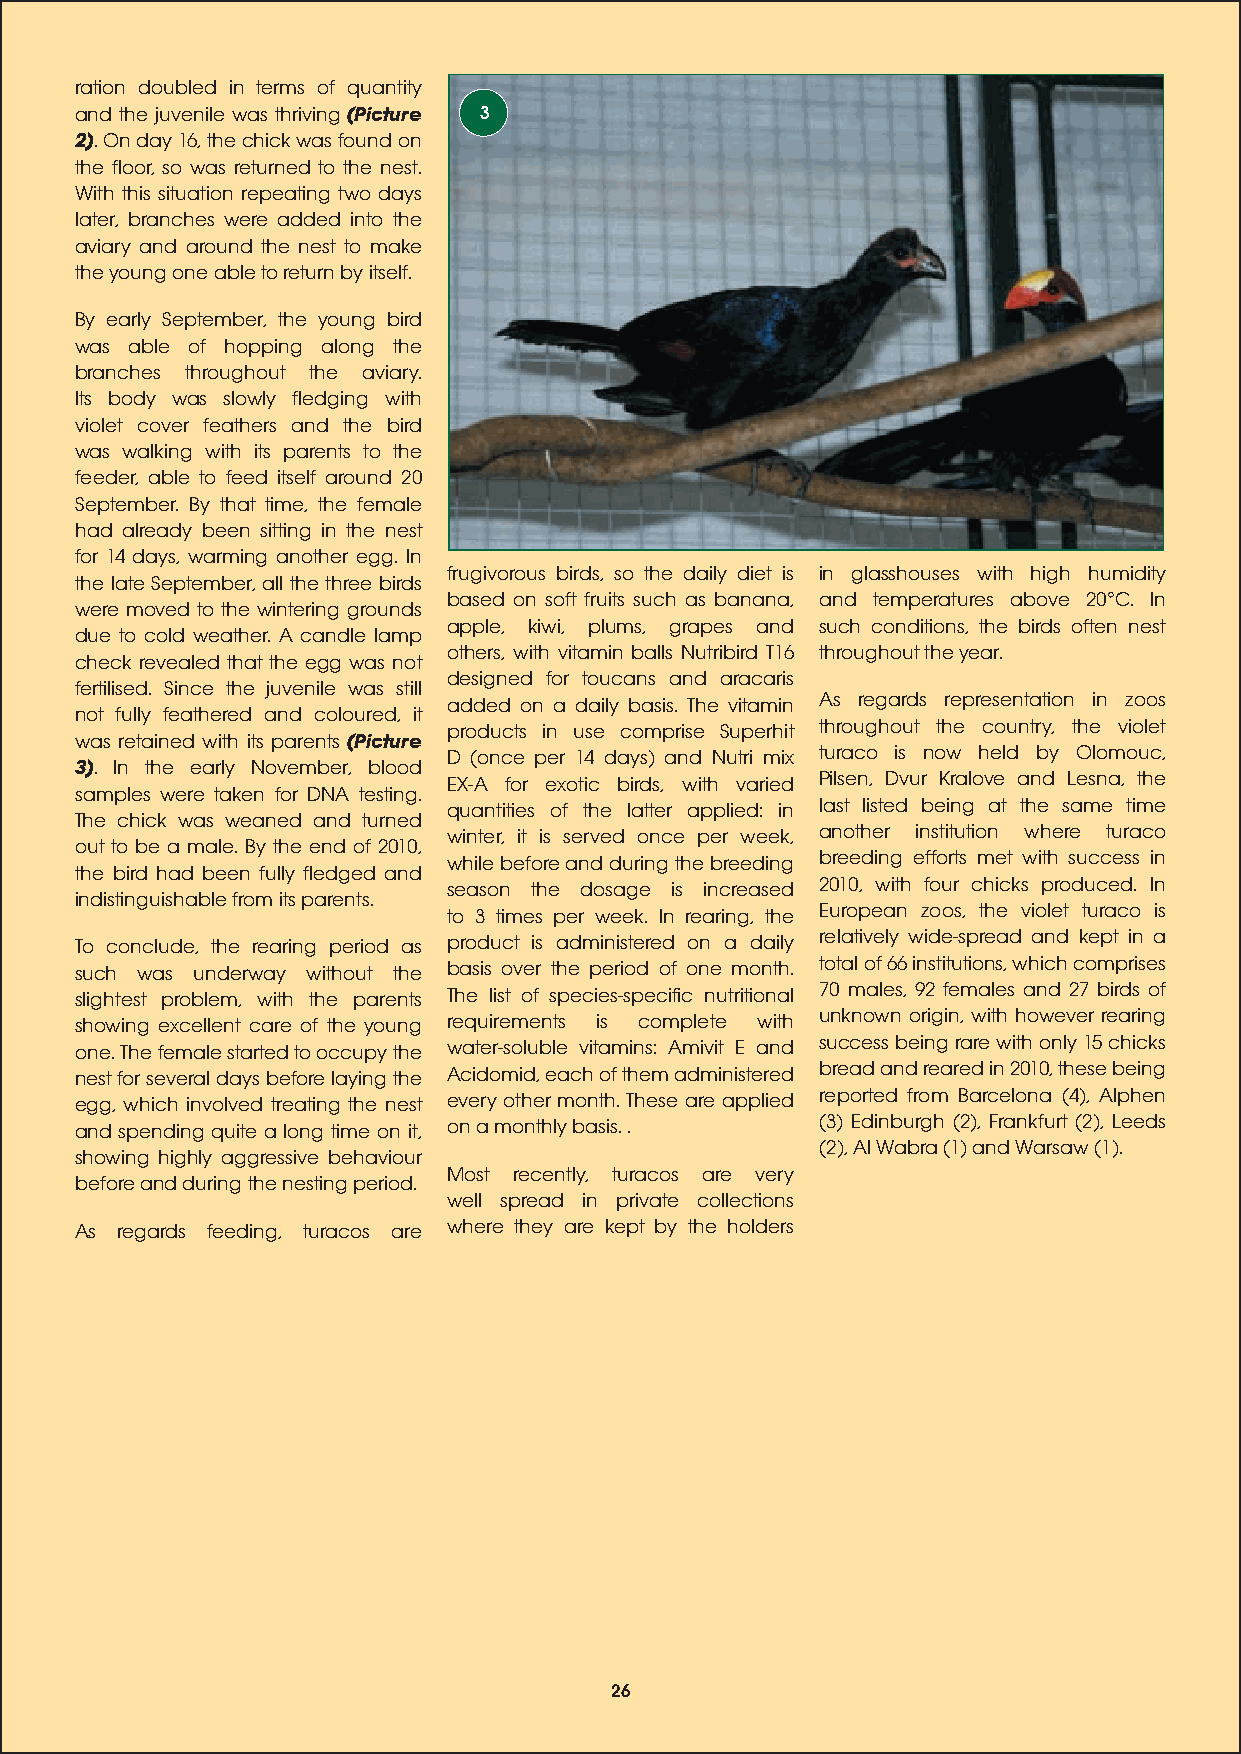
ration doubled in terms of quantity
 and the juvenile was thriving (Picture 3
 2). On day 16, the chick was found on
 the floor, so was returned to the nest.
 With this situation repeating two days
 later, branches were added into the
 aviary and around the nest to make
 the young one able to return by itself.
 By early September, the young bird
 was able of hopping along the
 branches throughout the aviary.
 Its body was slowly fledging with
 violet cover feathers and the bird
 was walking with its parents to the
 feeder, able to feed itself around 20
 September. By that time, the female
 had already been sitting in the nest
 for 14 days, warming another egg. In
 frugivorous birds, so the daily diet is in glasshouses with high humidity
 the late September, all the three birds
 based on soft fruits such as banana, and temperatures above 20°C. In
 were moved to the wintering grounds
 apple, kiwi, plums, grapes and such conditions, the birds often nest
 due to cold weather. A candle lamp
 others, with vitamin balls Nutribird T16 throughout the year.
 check revealed that the egg was not
 designed for toucans and aracaris
 fertilised. Since the juvenile was still
 added on a daily basis. The vitamin As regards representation in zoos
 not fully feathered and coloured, it
 products in use comprise Superhit throughout the country, the violet
 was retained with its parents (Picture
 D (once per 14 days) and Nutri mix turaco is now held by Olomouc,
 3). In the early November, blood
 EX-A for exotic birds, with varied Pilsen, Dvur Kralove and Lesna, the
 samples were taken for DNA testing.
 quantities of the latter applied: in last listed being at the same time
 The chick was weaned and turned
 winter, it is served once per week, another institution where turaco
 out to be a male. By the end of 2010,
 while before and during the breeding breeding efforts met with success in
 the bird had been fully fledged and
 season the dosage is increased 2010, with four chicks produced. In
 indistinguishable from its parents.
 to 3 times per week. In rearing, the European zoos, the violet turaco is
 To conclude, the rearing period as product is administered on a daily relatively wide-spread and kept in a
 such was underway without the basis over the period of one month. total of 66 institutions, which comprises
 slightest problem, with the parents The list of species-specific nutritional 70 males, 92 females and 27 birds of
 showing excellent care of the young requirements is complete with unknown origin, with however rearing
 one. The female started to occupy the water-soluble vitamins: Amivit E and success being rare with only 15 chicks
 nest for several days before laying the Acidomid, each of them administered bread and reared in 2010, these being
 egg, which involved treating the nest every other month. These are applied reported from Barcelona (4), Alphen
 and spending quite a long time on it, on a monthly basis. . (3) Edinburgh (2), Frankfurt (2), Leeds
 (2), Al Wabra (1) and Warsaw (1).
 showing highly aggressive behaviour
 Most recently, turacos are very
 before and during the nesting period.
 well spread in private collections
 As regards feeding, turacos are where they are kept by the holders
 26